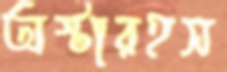
অস্টারহস